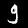
Digit: 9